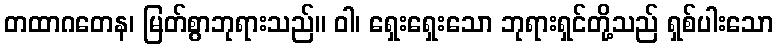
တထာဂတေန၊ မြတ်စွာဘုရားသည်။ ဝါ၊ ရှေးရှေးသော ဘုရားရှင်တို့သည် ရှစ်ပါးသော